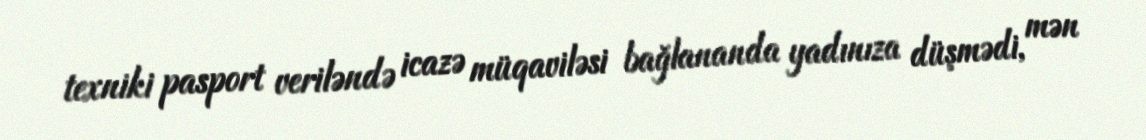
texniki pasport veriləndə icazə müqaviləsi bağlananda yadınıza düşmədi, mən